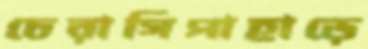
চেরাগিপাহাড়ে